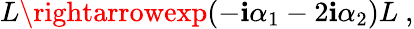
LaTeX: L\rightarrowexp(-\mathbf{i}\alpha_{1}-2\mathbf{i}\alpha_{2})L\ ,